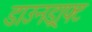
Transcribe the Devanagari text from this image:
डाउनड्राफ्ट